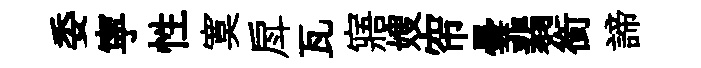
委寜性寞戽瓦寤嫂帘曇翡銜諦